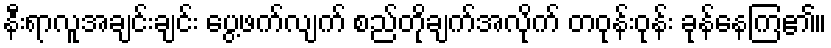
နီးရာလူအချင်းချင်း ပွေ့ဖက်လျက် စည်တိုချက်အလိုက် တဝုန်းဝုန်း ခုန်နေကြ၏။